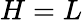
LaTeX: H=L